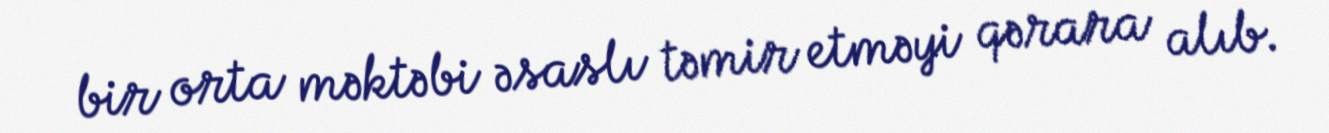
bir orta məktəbi əsaslı təmir etməyi qərara alıb.